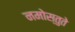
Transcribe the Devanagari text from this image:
नमोस्तुते